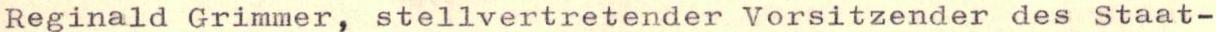
Reginald Grimmer, stellvertretender Vorsitzender des Staat-